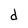
Character: d